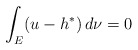
\begin{align*}\int_{E}(u-h^*)\,d\nu=0\end{align*}